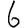
Digit: 6